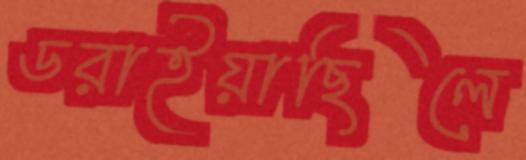
ডরাইয়াছিলে